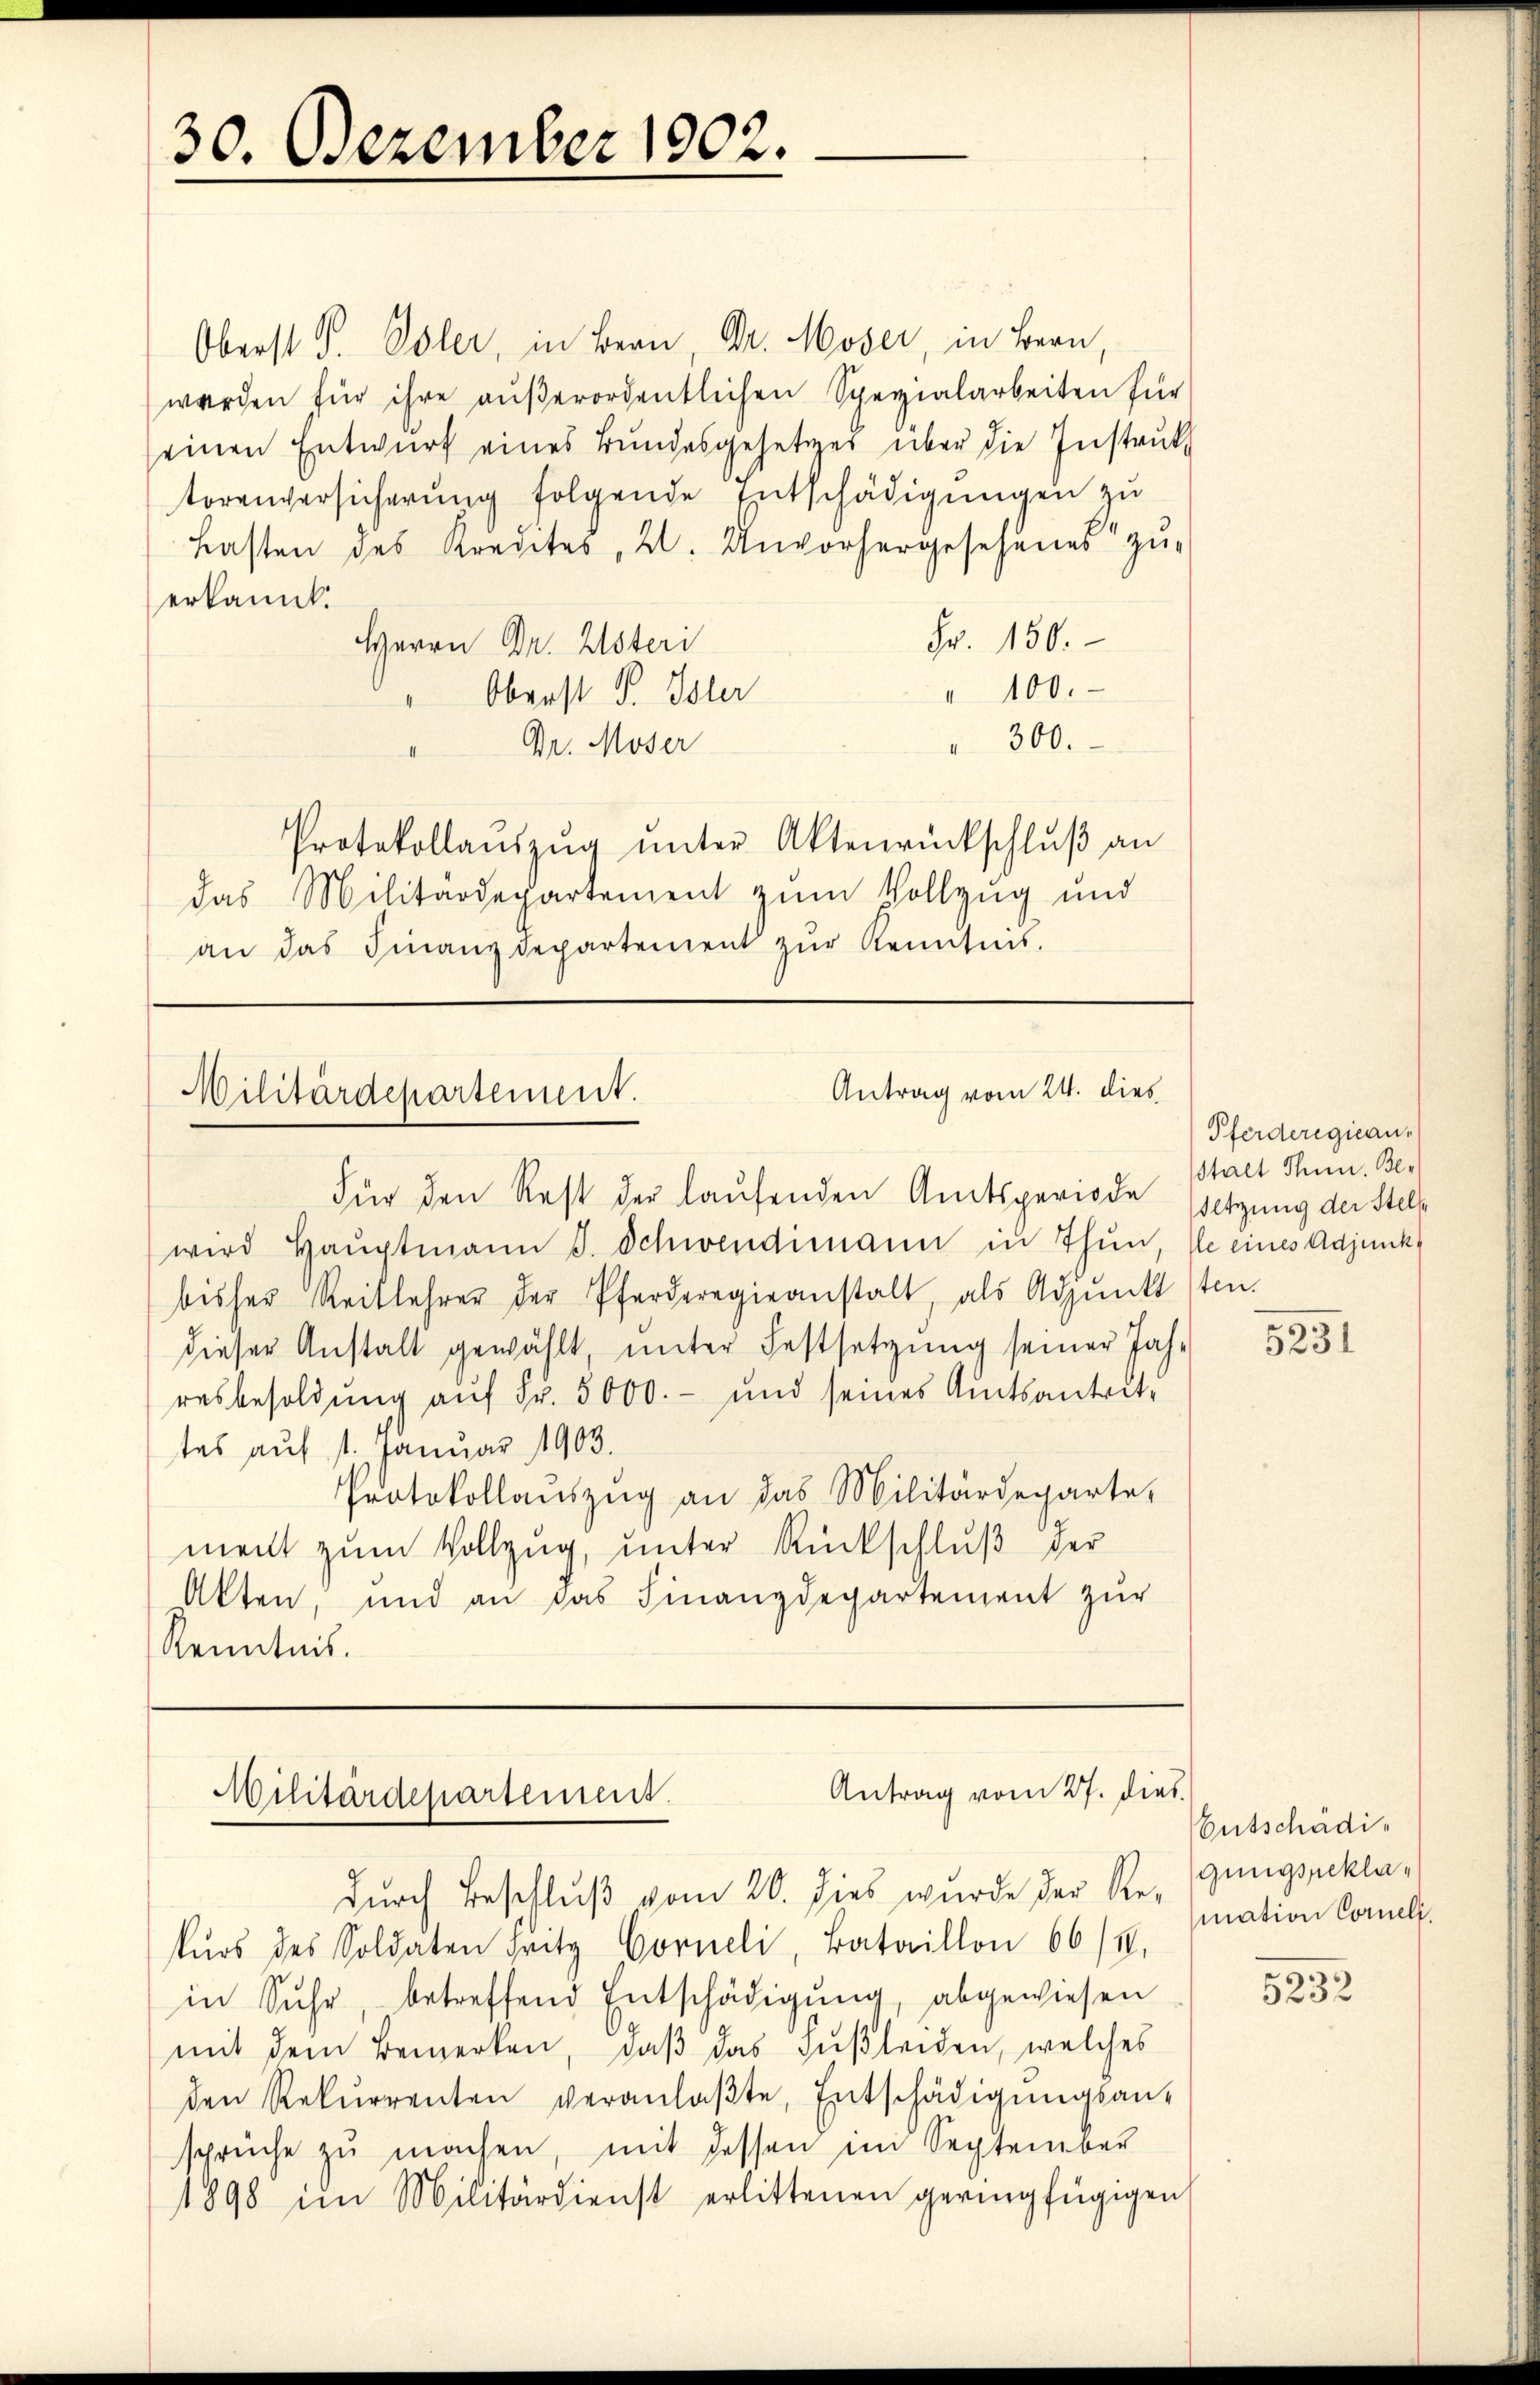
30. Dezember 1902.

Oberst S. Poler, in Bern, Dr. Moser, in Bern,
werden für ihre außerordentlichen Spezialarbeiten für
einen Entwurf eines Bundesgesetzes über die Instrukt
torenversicherung folgende Entschädigungen zu
Lasten des Kredites, 2. Unvorhergesehenes zŭ-
erkannt.
Fr. 150.
Herrn Dr. Usteri
" 100.
" Oberst P. Isler
" 300.
Dr. Moser
Protokollaŭszŭg ŭnter Aktenrückschlŭβ an
das Militärdepartement zum Vollzug und
an das Finanzdepartement zŭr Kenntnis.

Antrag vom 24. dies
Militärdepartement.
Für den Rest der laŭfenden Amtsperiode setzung der Stell

wird Haŭptmann J. Schwendimann in Thun, se eines Adjunkbisher Reitlehrer der Pferderegieanstalt, als Adjunkt sten.
dieser Anstalt gewählt ŭnter Festsetzŭng seiner Jah-
resbesoldung aŭf Fr. 5000.- und seines Amtsantrit
tes auf 1. Januar 1903.
Protokollaŭszŭg an das Militärdeparte,
ment zum Vollzug, unter Rückschluß der
Akten, und an das Finanzdepartement zur
Kenntnis.

durch Beschluß vom 20. dies wurde der Regungsreklakŭrs des Soldaten Fritz Corneli, Bataillon 66/4.
in Suhr, betreffend Entschädigung, abgewiesen
mit dem Bemerken, daß das Fußleiden, welches
den Rekurrenten veranlaβte, Entschädigŭngsan-
sprüche zŭ machen, mit dessen im September
1898 im Militärdienst erlittenen geringfügigen

Antrag vom 27. dies
Militärdepartement.

Pferderegieau.
stalt Thun. Be¬

5231

Entschädimation Corneli.

5232